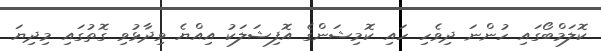
ކޮލަމްބޯގައި ހުންނަ ދިވެހި ހައި ކޮމިޝަންގެ އޮފިޝަލަކު އިއްޔެ ވިދާޅުވި ގޮތުގައި މިދިޔަ